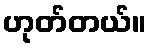
ဟုတ်တယ်။